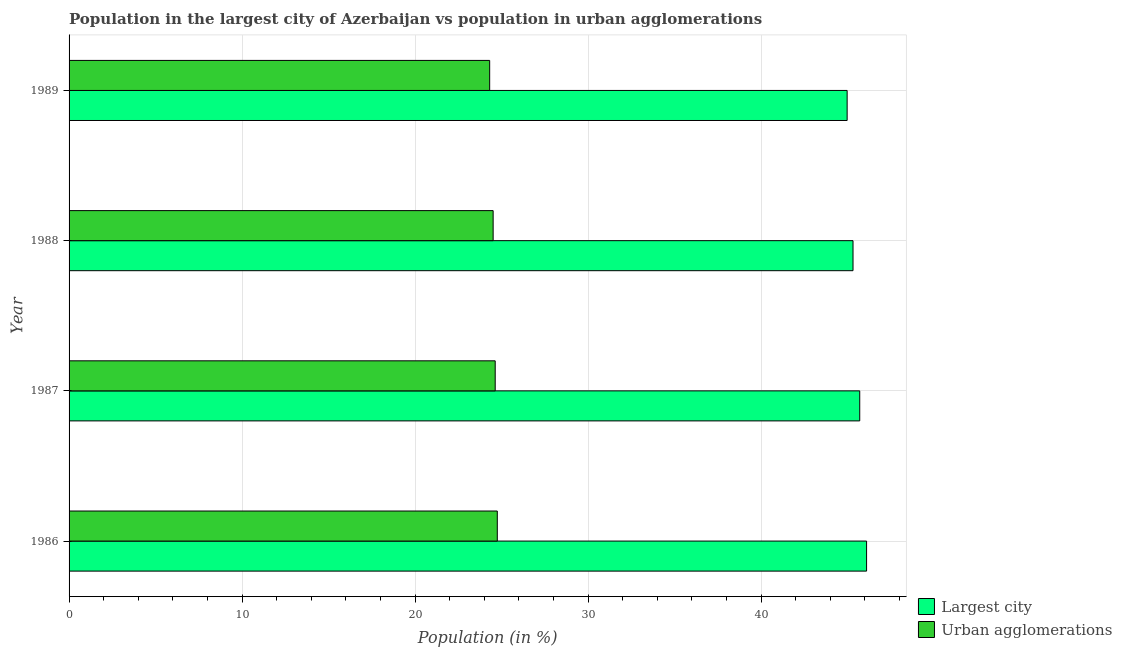
| Year | Largest city | Urban agglomerations |
 | --- | --- | --- |
 | 1986 | 46.1 | 24.8 |
 | 1987 | 45.7 | 24.6 |
 | 1988 | 45.3 | 24.5 |
 | 1989 | 45 | 24.3 |